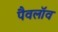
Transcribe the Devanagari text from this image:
पैवलॉव